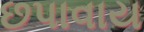
છપાવાય